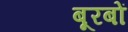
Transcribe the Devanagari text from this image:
बूरबों